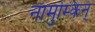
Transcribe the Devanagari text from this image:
नामुम्किन्